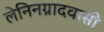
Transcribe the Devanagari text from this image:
लेनिनग्रादवासी